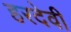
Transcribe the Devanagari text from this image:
हरदेवी